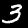
Label: 3